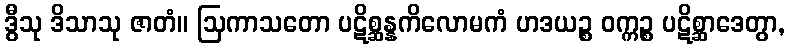
ဒွီသု ဒိသာသု ဇာတံ။ ဩကာသတော ပဋိစ္ဆန္နကိလောမကံ ဟဒယဉ္စ ဝက္ကဉ္စ ပဋိစ္ဆာဒေတွာ,